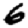
Digit: 6